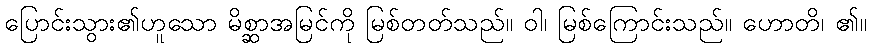
ပြောင်းသွား၏ဟူသော မိစ္ဆာအမြင်ကို မြစ်တတ်သည်။ ဝါ၊ မြစ်ကြောင်းသည်။ ဟောတိ၊ ၏။